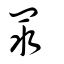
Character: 眔